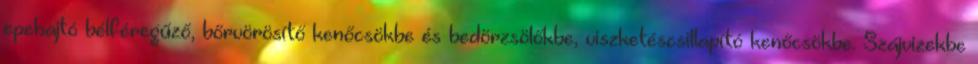
epehajtó bélféregűző, bőrvörösítő kenőcsökbe és bedörzsölőkbe, viszketéscsillapító kenőcsökbe. Szájvizekbe